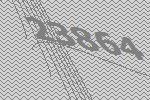
23864